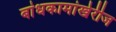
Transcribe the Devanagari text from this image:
बांधकामांखेरीज